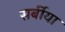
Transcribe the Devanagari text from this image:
सर्बीया